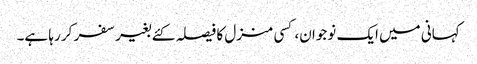
کہانی میں ایک نوجوان، کسی منزل کا فیصلہ کئے بغیر سفر کر رہا ہے۔